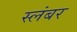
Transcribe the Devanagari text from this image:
स्लंबर